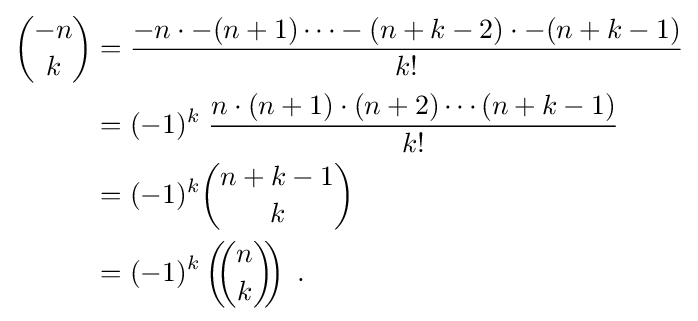
{\begin{aligned}{\binom {-n}{k}}&={\frac {-n\cdot -(n+1)\dots -(n+k-2)\cdot -(n+k-1)}{k!}}\\&=(-1)^{k}\;{\frac {n\cdot (n+1)\cdot (n+2)\cdots (n+k-1)}{k!}}\\&=(-1)^{k}{\binom {n+k-1}{k}}\\&=(-1)^{k}\left(\!\!{\binom {n}{k}}\!\!\right)\;.\end{aligned}}